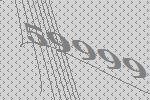
59999